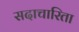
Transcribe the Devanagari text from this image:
सदाचारिता